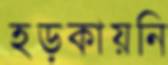
হড়কায়নি